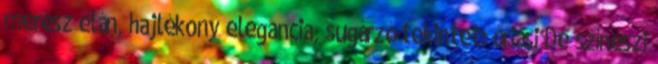
merész elán, hajlékony elegancia, sugárzó tekintet: óriási De színészi